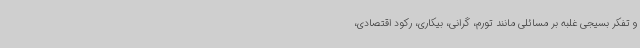
و تفکر بسیجی غلبه بر مسائلی مانند تورم، گرانی، بیکاری، رکود اقتصادی،